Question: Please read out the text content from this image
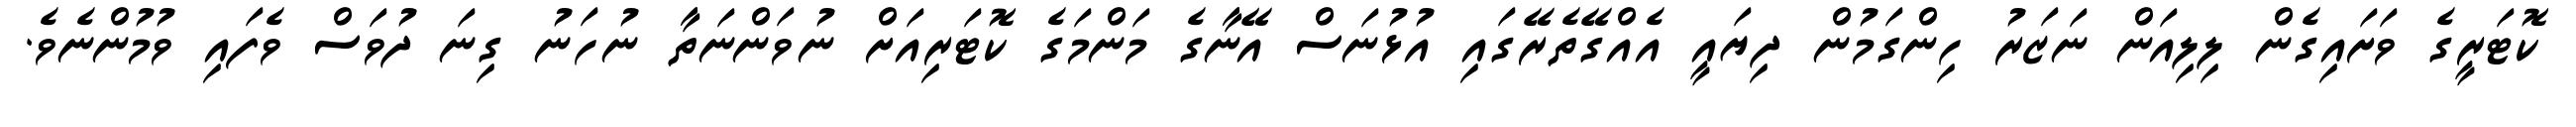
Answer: ކޮޓަރީގެ ވަށައިގެން ލިލިއަން ނަޒަރު ހިންގަމުން ދިޔައީ އެއްގޭތެރޭގައި އުޅުނަސް އޭނާގެ މަންމަގެ ކޮޓަރިއަށް ނުވަންނަތާ ނުހަނު ގިނަ ދުވަސް ވެފައި ވުމުންނެވެ.